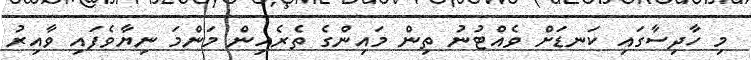
މި ހާދިސާގައި ކަނޑަށް ވެއްޓުނު ތިން މައިންގެ ތެރެއިން މަންމަ ނިޔާވެފައި ވާއިރު